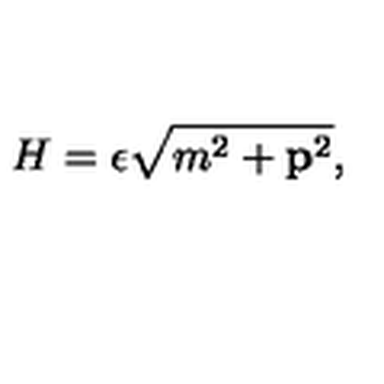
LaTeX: H = \epsilon \sqrt { m ^ { 2 } + { \bf p } ^ { 2 } } ,